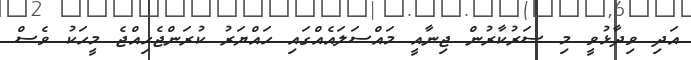
އަދި ވިދާޅުވީ މި ސަރުކާރުން ޖިނާއީ މައްސަލައެއްގައި ހައްޔަރު ކުރަންޖެހިއްޖެ މީހަކު ވެސް